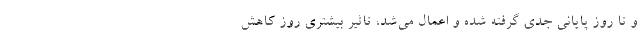
و تا روز پایانی جدی گرفته شده و اعمال می‌شد، تاثیر بیشتری روز کاهش